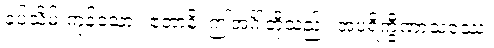
ခပ်သိမ်းကုန်သော။ ဧတာနိ၊ ဤအင်္ဂါတို့သည်။ အပရိက္ခီဏာသဝဿ၊